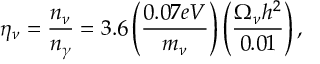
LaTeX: \eta _ { \nu } = \frac { n _ { \nu } } { n _ { \gamma } } = 3 . 6 \left( \frac { 0 . 0 7 e V } { m _ { \nu } } \right) \left( \frac { \Omega _ { \nu } h ^ { 2 } } { 0 . 0 1 } \right) ,